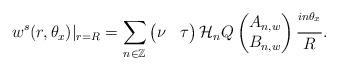
LaTeX: \begin{align*}w^{s}(r,\theta_x)|_{r=R} =\sum_{n \in \mathbb{Z}} \begin{pmatrix}\nu & \tau\end{pmatrix}\mathcal{H}_n Q\begin{pmatrix}A_{n,w} \\ B_{n,w}\end{pmatrix}\frac{^{in \theta_x}}{R}.\end{align*}